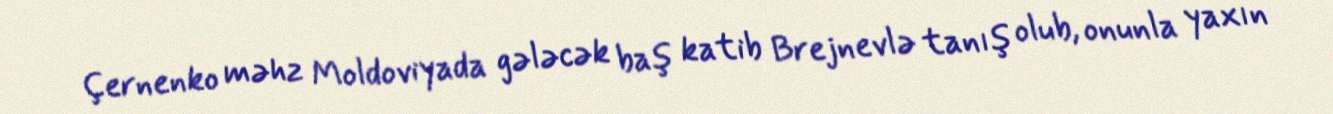
Çernenko məhz Moldoviyada gələcək baş katib Brejnevlə tanış olub, onunla yaxın